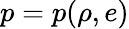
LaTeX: p=p(\rho,e)